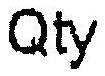
QTY